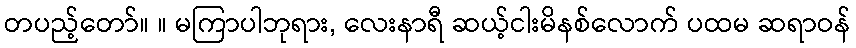
တပည့်တော်။ ။ မကြာပါဘုရား, လေးနာရီ ဆယ့်ငါးမိနစ်လောက် ပထမ ဆရာဝန်